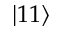
\lvert 1 1 \rangle